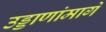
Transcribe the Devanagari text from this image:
उड्डाणांमागे